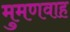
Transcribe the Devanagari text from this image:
मुमणवाह